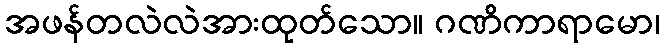
အဖန်တလဲလဲအားထုတ်သော။ ဂဏိကာရာမော၊